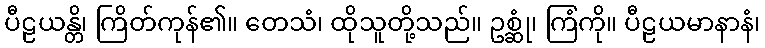
ပီဠယန္တိ၊ ကြိတ်ကုန်၏။ တေသံ၊ ထိုသူတို့သည်။ ဥစ္ဆုံ၊ ကြံကို။ ပီဠယမာနာနံ၊